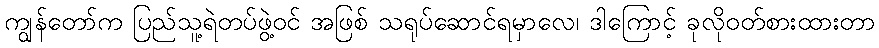
ကျွန်တော်က ပြည်သူ့ရဲတပ်ဖွဲ့ဝင် အဖြစ် သရုပ်ဆောင်ရမှာလေ၊ ဒါကြောင့် ခုလိုဝတ်စားထားတာ